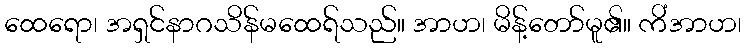
ထေရော၊ အရှင်နာဂသိန်မထေရ်သည်။ အာဟ၊ မိန့်တော်မူ၏။ ကိံအာဟ၊